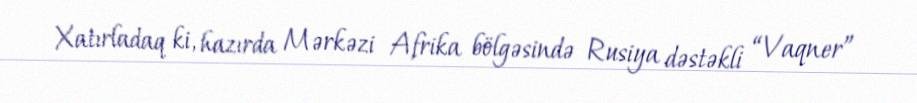
Xatırladaq ki, hazırda Mərkəzi Afrika bölgəsində Rusiya dəstəkli “Vaqner”